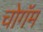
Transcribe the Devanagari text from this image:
चोगॅम